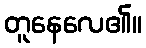
တူနေလေ၏။